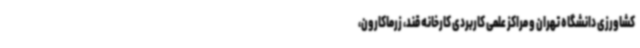
کشاورزی دانشگاه تهران و مراکز علمی کاربردی کارخانه قند، زرماکارون،